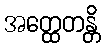
အတ္ထေတန္တိ